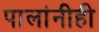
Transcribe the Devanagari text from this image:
पालांनीही